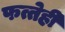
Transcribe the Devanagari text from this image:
फत्तेही